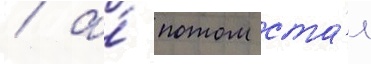
/ а́ потом ста́л